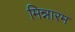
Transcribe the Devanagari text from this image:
मिन्नारम